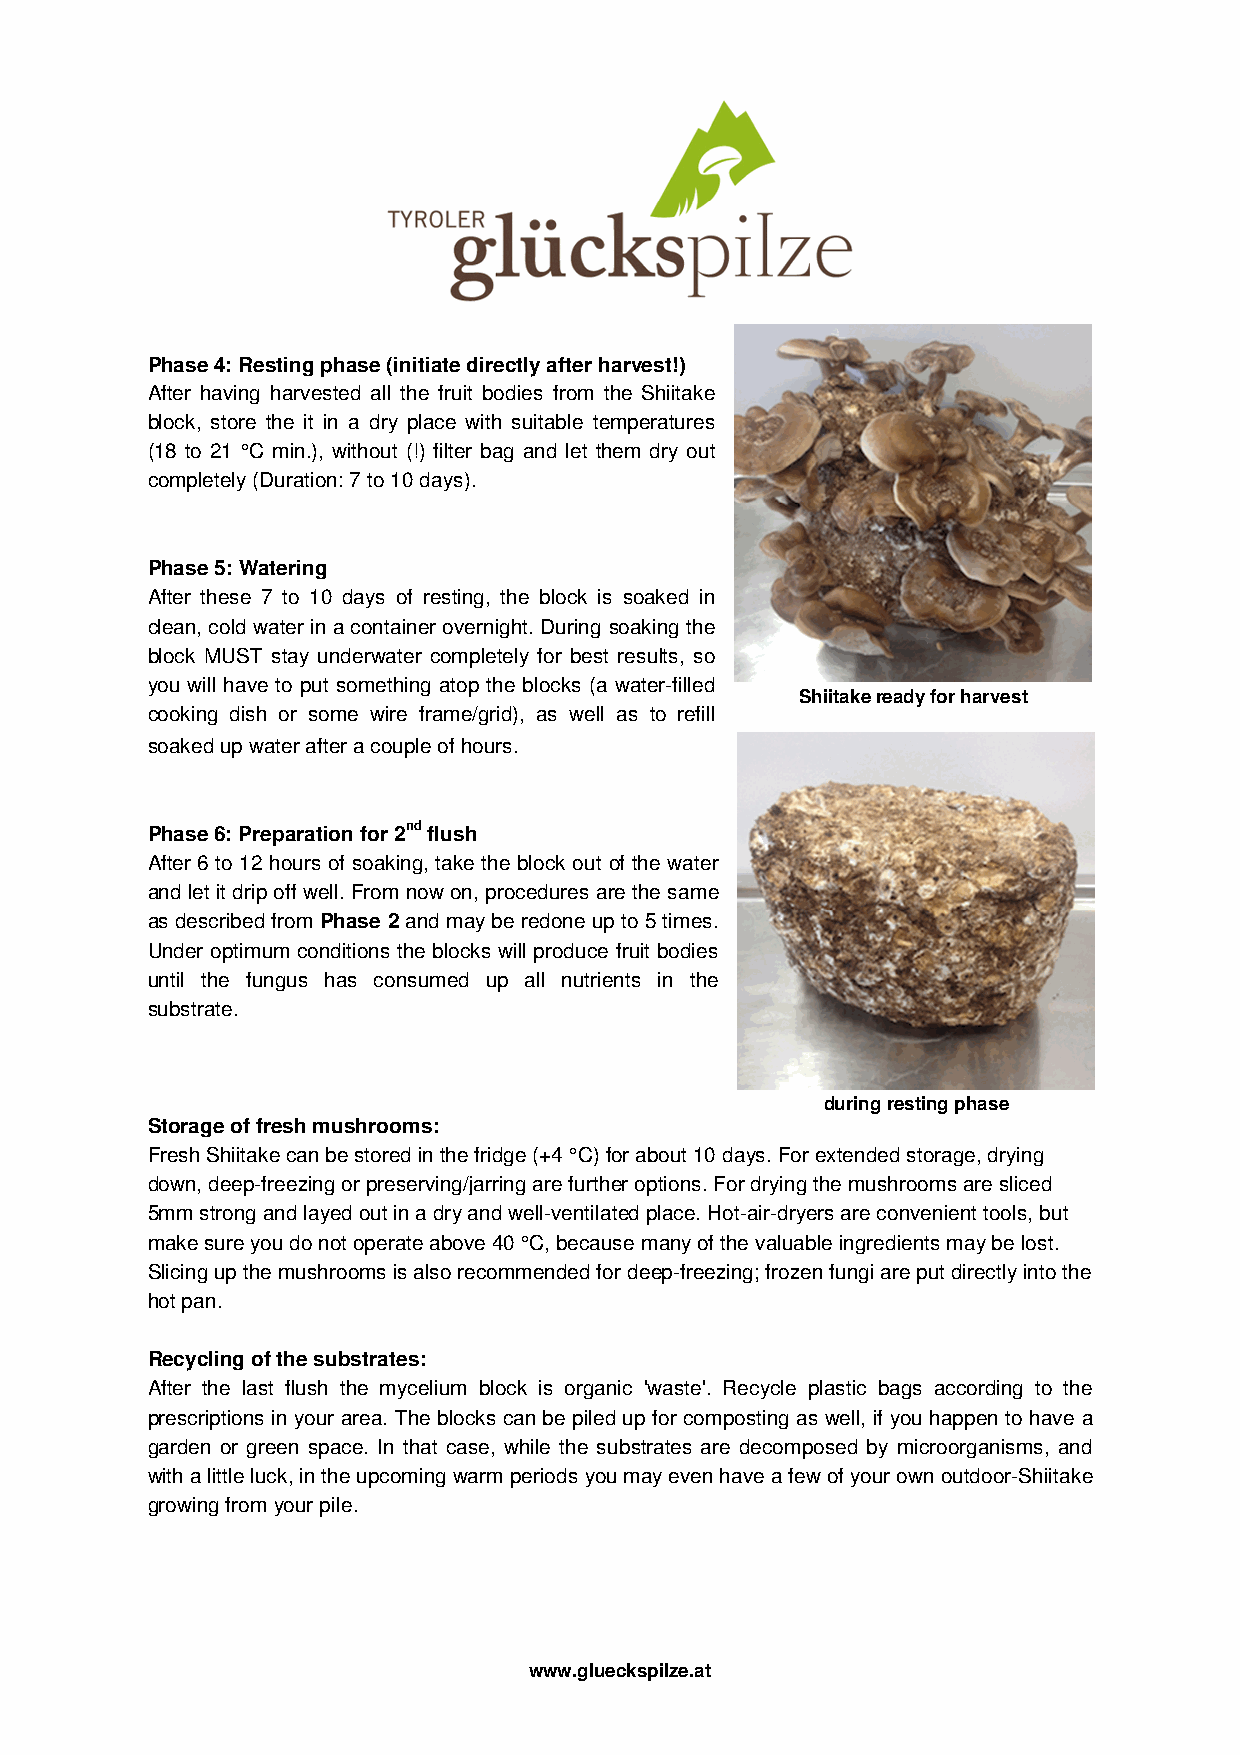
Phase 4: Resting phase (initiate directly after harvest!)
 After having harvested all the fruit bodies from the Shiitake
 block, store the it in a dry place with suitable temperatures
 (18 to 21 °C min.), without (!) filter bag and let them dry out
 completely (Duration: 7 to 10 days).
 Phase 5: Watering
 After these 7 to 10 days of resting, the block is soaked in
 clean, cold water in a container overnight. During soaking the
 block MUST stay underwater completely for best results, so
 you will have to put something atop the blocks (a water-filled
 Shiitake ready for harvest
 cooking dish or some wire frame/grid), as well as to refill
 soaked up water after a couple of hours.
 Phase 6: Preparation for 2nd flush
 After 6 to 12 hours of soaking, take the block out of the water
 and let it drip off well. From now on, procedures are the same
 as described from Phase 2 and may be redone up to 5 times.
 Under optimum conditions the blocks will produce fruit bodies
 until the fungus has consumed up all nutrients in the
 substrate.
 during resting phase
 Storage of fresh mushrooms:
 Fresh Shiitake can be stored in the fridge (+4 °C) for about 10 days. For extended storage, drying
 down, deep-freezing or preserving/jarring are further options. For drying the mushrooms are sliced
 5mm strong and layed out in a dry and well-ventilated place. Hot-air-dryers are convenient tools, but
 make sure you do not operate above 40 °C, because many of the valuable ingredients may be lost.
 Slicing up the mushrooms is also recommended for deep-freezing; frozen fungi are put directly into the
 hot pan.
 Recycling of the substrates:
 After the last flush the mycelium block is organic 'waste'. Recycle plastic bags according to the
 prescriptions in your area. The blocks can be piled up for composting as well, if you happen to have a
 garden or green space. In that case, while the substrates are decomposed by microorganisms, and
 with a little luck, in the upcoming warm periods you may even have a few of your own outdoor-Shiitake
 growing from your pile.
 www.glueckspilze.at